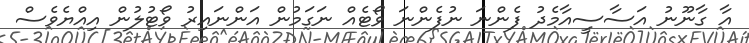
އާ ގާނޫނު އަސާސީއާމެދު ފެންނަ ނުފެންނަ ވޯޓެއް ނަގަމުން އަންނައިރު ވޯޓުލުން އިއްޔެވެސް